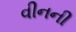
વીનની